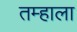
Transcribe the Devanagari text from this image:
तम्हाला